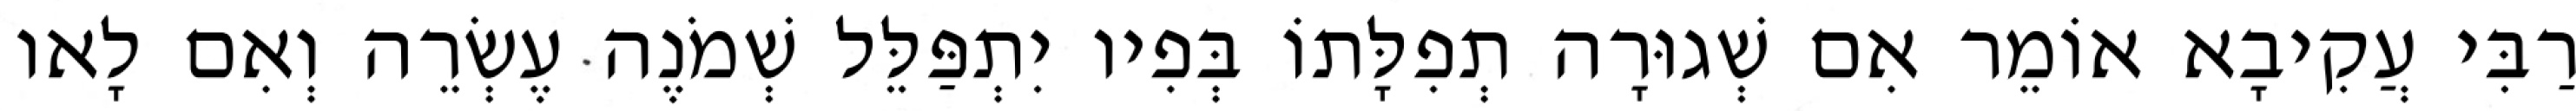
רַבִּי עֲקִיבָא אוֹמֵר אִם שְׁגוּרָה תְפִלָּתוֹ בְּפִיו יִתְפַּלֵּל שְׁמֹנֶה עֶשְׂרֵה וְאִם לָאו